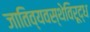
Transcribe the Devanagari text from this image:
जातिव्यवस्थेविरूद्ध